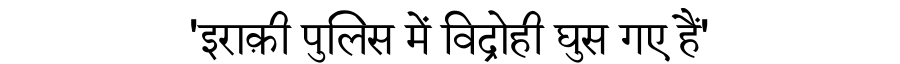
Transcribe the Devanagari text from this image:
'इराक़ी पुलिस में विद्रोही घुस गए हैं'